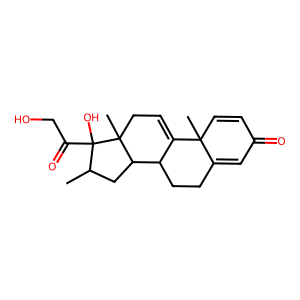
SMILES: CC1CC2C3CCC4=CC(=O)C=CC4(C)C3=CCC2(C)C1(O)C(=O)CO
Inhibits HIV replication: Yes